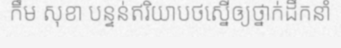
កឹម សុខា បន្ទន់ឥរិយាបថស្នើឲ្យថ្នាក់ដឹកនាំ